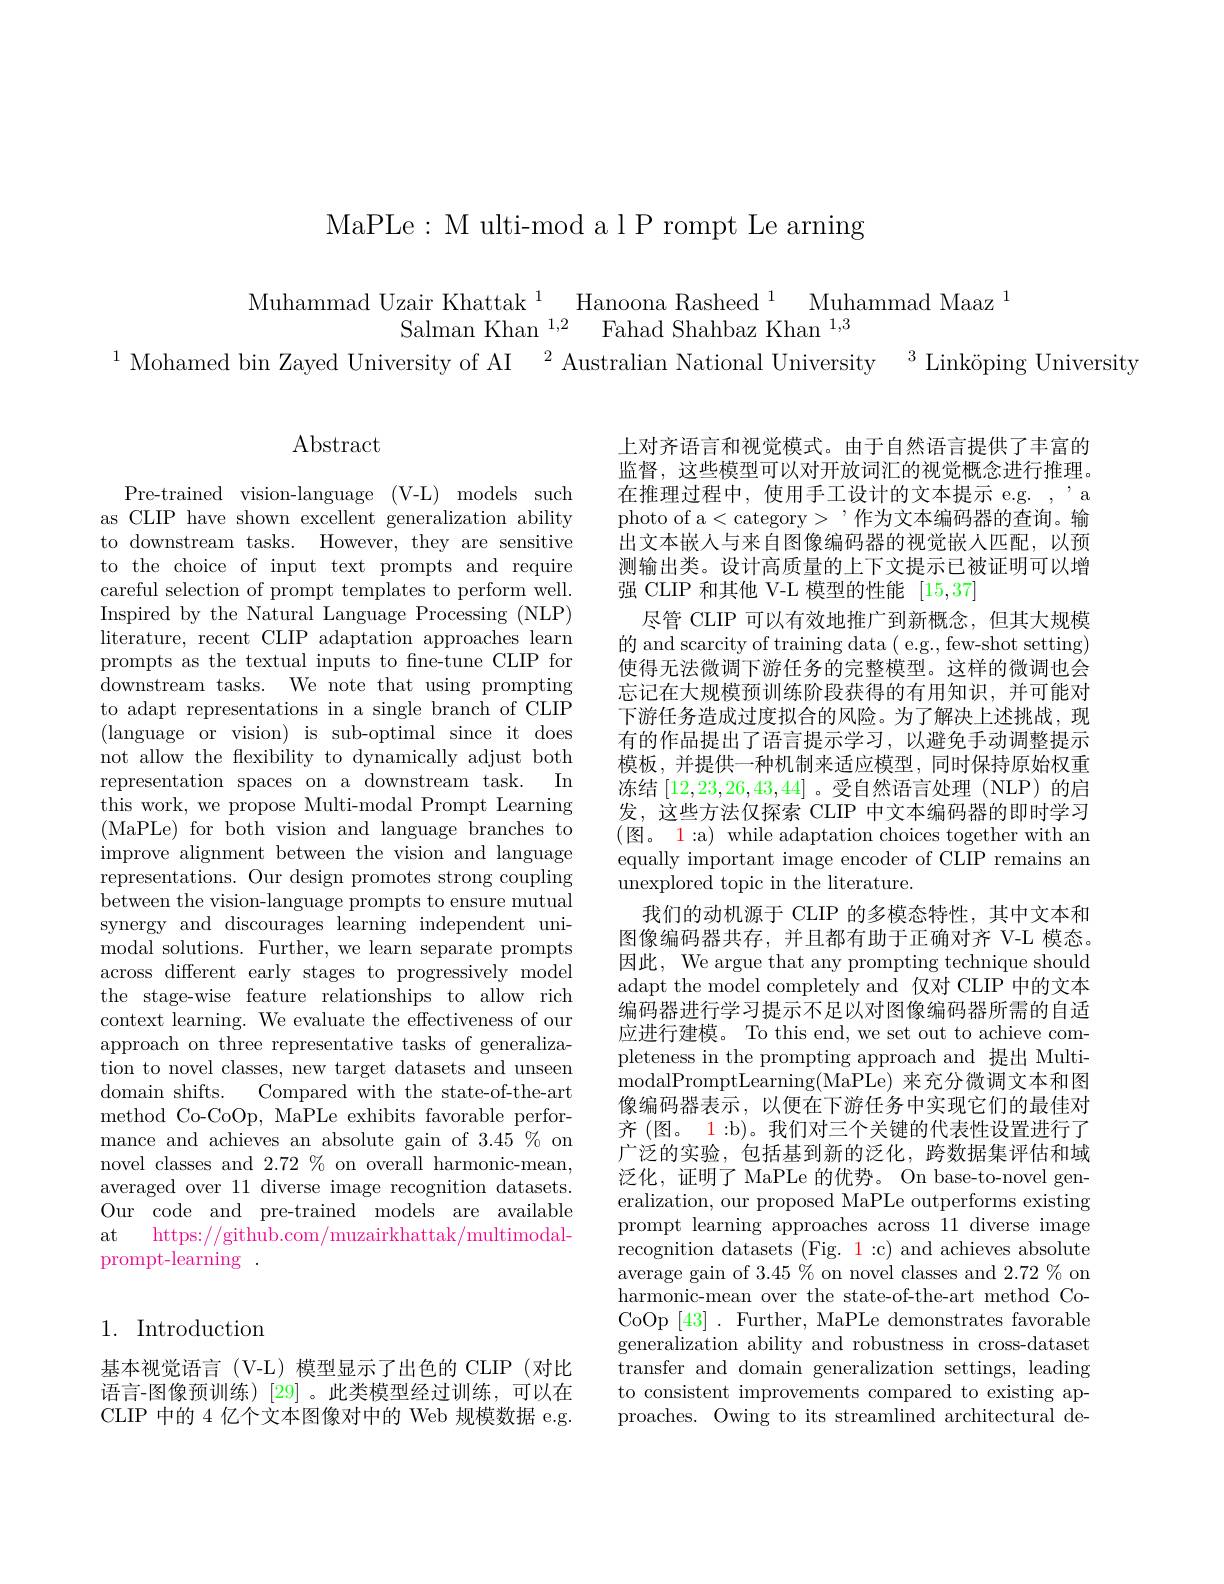
MaPLe: M ulti-mod a l P rompt Le arning

Muhammad Uzair Khattak$^1$ Hanoona Rasheed$^1$ Muhammad Maaz$^1$
$\begin{array}{ll}{{\mathrm{Salman~Khan~}^{1,2}}}&{{\mathrm{Fahad~Shahbaz~Khan~}^{1,3}}}\end{array}$
$^{1}$ Mohamed bin Zayed University of AI $^2$ Australian National University$^3$ Linköping University

$\operatorname{Abstract}$

Pre-trained vision-language (V-L) models such as CLIP have shown excellent generalization ability to downstream tasks. However, they are sensitive to the choice of input text prompts and require careful selection of prompt templates to perform well. Inspired by the Natural Language Processing (NLP) literature, recent CLIP adaptation approaches learn prompts as the textual inputs to fne-tune CLIP for downstream tasks. We note that using prompting to adapt representations in a single branch of CLIP (language or vision) is sub-optimal since it does not allow the flexibility to dynamically adjust both
In
representation spaces on a downstream task.
this work, we propose Multi-modal Prompt Learning (MaPLe) for both vision and language branches to improve alignment between the vision and language representations. Our design promotes strong coupling between the vision-language prompts to ensure mutual synergy and discourages learning independent unimodal solutions. Further, we learn separate prompts across different early stages to progressively model the stage-wise feature relationships to allow rich context learning. We evaluate the effectiveness of our approach on three representative tasks of generalization to novel classes, new target datasets and unseen domain shifts. Compared with the state-of-the-art method Co-CoOp, MaPLe exhibits favorable performance and achieves an absolute gain of $3.45\%$ on novel classes and $2.72\%$ on overall harmonic-mean, averaged over 11 diverse image recognition datasets. Our code and pre-trained models are available at
https://github.com/muzairkhattak/multimodal-
prompt-learning .

## 1. Introduction

基本视觉语言(V-L)模型显示了出色的 CLIP(对比语言-图像预训练)[29]。此类模型经过训练，可以在CLIP 中的 4 亿个文本图像对中的 Web 规模数据 e.g.

上对齐语言和视觉模式。由于自然语言提供了丰富的监督，这些模型可以对开放词汇的视觉概念进行推理。在推理过程中，使用手工设计的文本提示 e.g. , 'a photo of a< category> '作为文本编码器的查询。输出文本嵌人与来自图像编码器的视觉嵌人匹配，以预测输出类。设计高质量的上下文提示已被证明可以增强 CLIP 和其他 V-L 模型的性能[15,37]
尽管 CLIP 可以有效地推广到新概念，但其大规模的 and scarcity of training data ( e.g., few-shot setting) 使得无法微调下游任务的完整模型。这样的微调也会忘记在大规模预训练阶段获得的有用知识，并可能对下游任务造成过度拟合的风险。为了解决上述挑战，现有的作品提出了语言提示学习，以避免手动调整提示模板，并提供一种机制来适应模型，同时保持原始权重冻结[12,23,26,43,44] 。受自然语言处理(NLP)的启发，这些方法仅探索 CLIP 中文本编码器的即时学习(图。1:a) while adaptation choices together with an equally important image encoder of CLIP remains an unexplored topic in the literature.
我们的动机源于 CLIP 的多模态特性，其中文本和图像编码器共存，并且都有助于正确对齐 V-L 模态。因此，We argue that any prompting technique should adapt the model completely and 仅对 CLIP 中的文本编码器进行学习提示不足以对图像编码器所需的自适应进行建模。To this end, we set out to achieve completeness in the prompting approach and 提出 MultimodalPromptLearning( MaPLe) 来充分微调文本和图像编码器表示，以便在下游任务中实现它们的最佳对齐 (图。1:b)。我们对三个关键的代表性设置进行了广泛的实验，包括基到新的泛化，跨数据集评估和域泛化，证明了 MaPLe 的优势。On base-to-novel generalization, our proposed MaPLe outperforms existing prompt learning approaches across 11 diverse image recognition datasets (Fig. 1:c) and achieves absolute average gain of $3.45\%$ on novel classes and 2.72 % on harmonic-mean over the state-of-the-art method CoCoOp [43]. Further, MaPLe demonstrates favorable generalization ability and robustness in cross-dataset transfer and domain generalization settings, leading to consistent improvements compared to existing approaches. Owing to its streamlined architectural de-